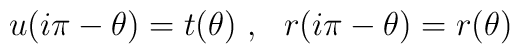
u(i\pi-\theta)=t(\theta)~,~~r(i\pi-\theta)=r(\theta)